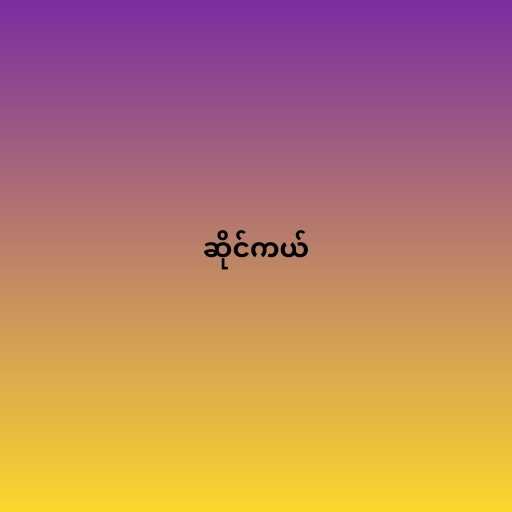
ဆိုင်ကယ်